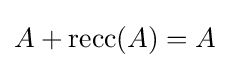
A+\operatorname {recc} (A)=A